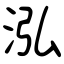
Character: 泓